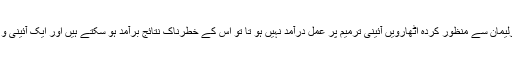
تاہم انھوں نے شبہ کیا کہ اگر پارلیمان سے منظور کردہ اٹھارویں آئینی ترمیم پر عمل درآمد نہیں ہو تا تو اس کے خطرناک نتائج برآمد ہو سکتے ہیں اور ایک آئینی و سیاسی بحران جنم لے سکتا ہے ۔